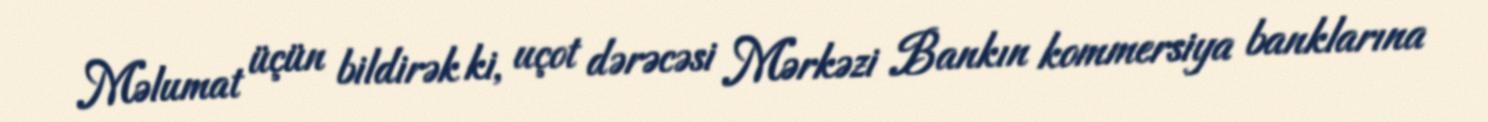
Məlumat üçün bildirək ki, uçot dərəcəsi Mərkəzi Bankın kommersiya banklarına